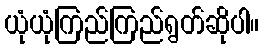
ယုံယုံကြည်ကြည်ရွတ်ဆိုပါ။